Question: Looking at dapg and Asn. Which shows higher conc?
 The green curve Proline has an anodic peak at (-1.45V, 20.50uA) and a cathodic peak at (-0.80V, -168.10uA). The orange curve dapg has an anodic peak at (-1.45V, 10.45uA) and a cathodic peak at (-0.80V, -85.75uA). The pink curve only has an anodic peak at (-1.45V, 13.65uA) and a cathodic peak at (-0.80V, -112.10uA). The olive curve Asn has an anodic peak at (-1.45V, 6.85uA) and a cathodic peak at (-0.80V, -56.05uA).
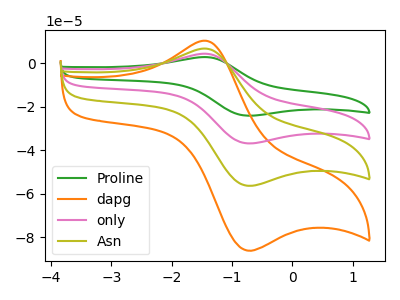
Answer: <think>All the peaks in "dapg" have a peak in "Asn" at the same potential. Every peak in "dapg" is higher than every peak in "Asn".
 </think>
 <answer>"dapg" has more signal than "Asn" and so likely has a higher concentration.</answer>
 <eval>more_concentration</eval>